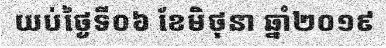
យប់ថ្ងៃទី០៦ ខែមិថុនា ឆ្នាំ២០១៩